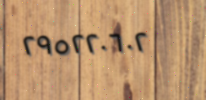
٢٩٥٢٢٠٦٠٢